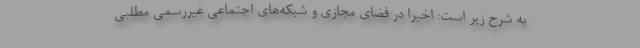
به شرح زیر است: اخیرا در فضای مجازی و شبکه‌های اجتماعی غیررسمی مطلبی